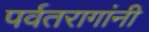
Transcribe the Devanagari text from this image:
पर्वतरागांनी